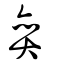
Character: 奕